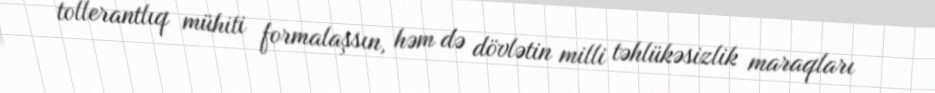
tollerantlıq mühiti formalaşsın, həm də dövlətin milli təhlükəsizlik maraqları